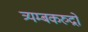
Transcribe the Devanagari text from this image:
त्र्यम्बकरुद्रो